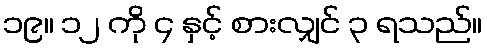
၁၉။ ၁၂ ကို ၄ နှင့် စားလျှင် ၃ ရသည်။